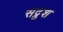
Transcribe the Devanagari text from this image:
सद्रुश